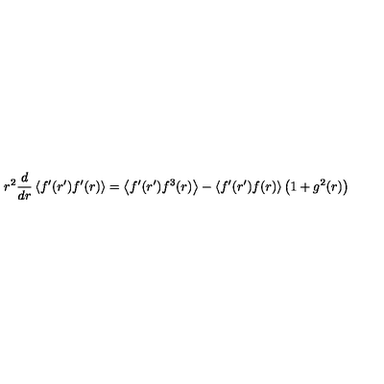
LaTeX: r ^ { 2 } \frac { d } { d r } \left\langle f ^ { \prime } ( r ^ { \prime } ) f ^ { \prime } ( r ) \right\rangle = \left\langle f ^ { \prime } ( r ^ { \prime } ) f ^ { 3 } ( r ) \right\rangle - \left\langle f ^ { \prime } ( r ^ { \prime } ) f ( r ) \right\rangle \left( 1 + g ^ { 2 } ( r ) \right)